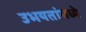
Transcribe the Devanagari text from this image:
उभयतांमध्ये